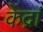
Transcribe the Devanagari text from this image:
केंद्रां